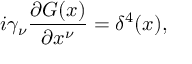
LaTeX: i \gamma _ { \nu } \frac { \partial G ( x ) } { \partial x ^ { \nu } } = \delta ^ { 4 } ( x ) ,